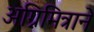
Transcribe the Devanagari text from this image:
अग्निमित्राने